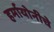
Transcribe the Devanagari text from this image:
हर्मायोनीचे